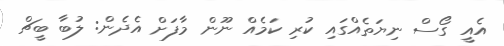
އެއީ ގޯސް ނިޔަތެއްގައި ކުރި ކަމެއް ނޫން މާފަށް އެދެން: ލުބާ ބީޗް